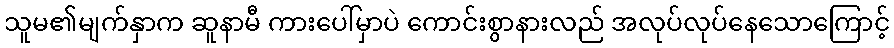
သူမ၏မျက်နှာက ဆူနာမီ ကားပေါ်မှာပဲ ကောင်းစွာနားလည် အလုပ်လုပ်နေသောကြောင့်